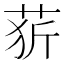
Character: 䓄